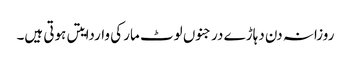
روزانہ دن دہاڑے درجنوں لوٹ مار کی واردایتں ہوتی ہیں۔